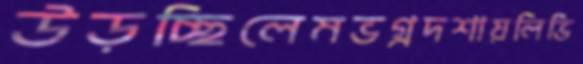
উড়চ্ছিলেমভগ্নদশায়লিভি